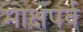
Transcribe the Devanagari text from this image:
मोक्षपर्व